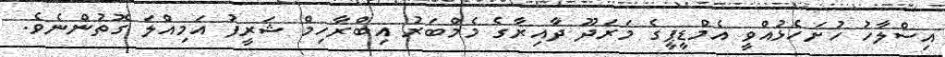
އިސްލާހު ހުށަހެޅުއްވީ އެމްޑީޕީގެ މަރަދޫ ދާއިރާގެ މެމްބަރު އިބްރާހިމް ޝަރީފު އަމިއްލަ ގޮތުންނެވެ.